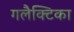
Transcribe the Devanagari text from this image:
गलैक्टिका